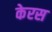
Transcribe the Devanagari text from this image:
केरस